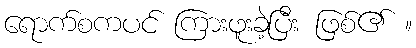
ရောက်စကပင် ကြားဖူးခဲ့ပြီး ဖြစ်၏ ။